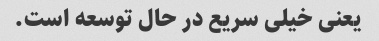
یعنی خیلی سریع در حال توسعه است.